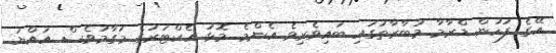
އޭގެ ފަހުން ޑްރާމާ މުބާރާތުގައި ބައިވެރިވެ އެންމެ މޮޅު އެކްޓަރުގެ މަގާމުވެސް އައްޔަ